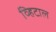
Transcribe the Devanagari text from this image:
व्हिटाल